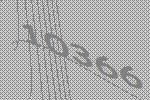
10366